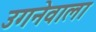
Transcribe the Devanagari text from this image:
उगनेवाला